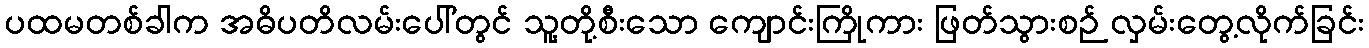
ပထမတစ်ခါက အဓိပတိလမ်းပေါ်တွင် သူ့တို့စီးသော ကျောင်းကြိုကား ဖြတ်သွားစဉ် လှမ်းတွေ့လိုက်ခြင်း